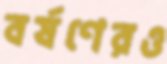
বর্ষণেরও